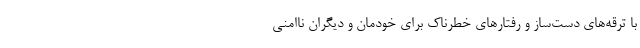
با ترقه‌های دست‌ساز و رفتارهای خطرناک برای خودمان و دیگران ناامنی